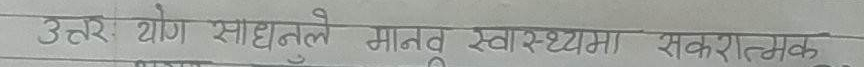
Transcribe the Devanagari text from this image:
उत्तर: योग साधनाले मानव स्वास्थ्यमा सकारात्मक